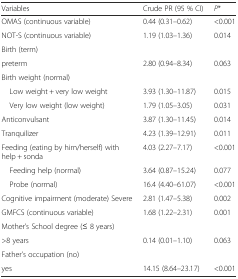
| Variables | Crude PR (95 % CI) | P* |
 | --- | --- | --- |
 | OMAS (continuous variable) | 0.44 (0.31–0.62) | <0.001 |
 | NOT-S (continuous variable) | 1.19 (1.03–1.36) | 0.014 |
 | Birth (term) |  |  |
 | preterm | 2.80 (0.94–8.34) | 0.063 |
 | Birth weight (normal) |  |  |
 | Low weight + very low weight | 3.93 (1.30–11.87) | 0.015 |
 | Very low weight (low weight) | 1.79 (1.05–3.05) | 0.031 |
 | Anticonvulsant | 3.87 (1.30–11.45) | 0.014 |
 | Tranquilizer | 4.23 (1.39–12.91) | 0.011 |
 | Feeding (eating by him/herself) with help + sonda | 4.03 (2.27–7.17) | <0.001 |
 | Feeding help (normal) | 3.64 (0.87–15.24) | 0.077 |
 | Probe (normal) | 16.4 (4.40–61.07) | <0.001 |
 | Cognitive impairment (moderate) Severe | 2.81 (1.47–5.38) | 0.002 |
 | GMFCS (continuous variable) | 1.68 (1.22–2.31) | 0.001 |
 | Mother’s School degree (≤ 8 years) |  |  |
 | >8 years | 0.14 (0.01–1.10) | 0.063 |
 | Father’s occupation (no) |  |  |
 | yes | 14.15 (8.64–23.17) | <0.001 |